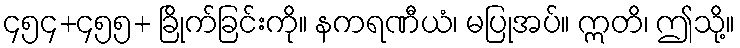
၄၅၄+၄၅၅+ ခြိုက်ခြင်းကို။ နကရဏီယံ၊ မပြုအပ်။ ဣတိ၊ ဤသို့။